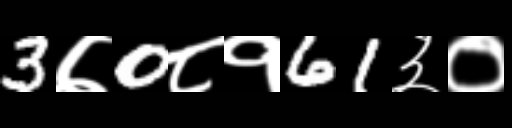
Text: 3७0८१61३०